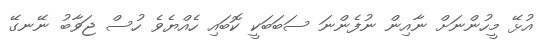
އުޅޭ މީހުންނަށް ނާއިން ނުފެންނަ ސަބަބަކީ ކޮބައި ހެއްޔެވެ ހުސް ޖަވާބު ނޭނގޭ